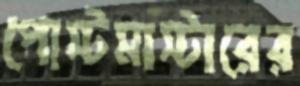
পোস্টমাস্টারের